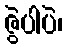
ဇွဲပါပဲ၊